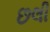
છલી